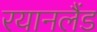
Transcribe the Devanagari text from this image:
रयानलैंड